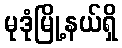
မုဒုံမြို့နယ်ရှိ